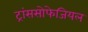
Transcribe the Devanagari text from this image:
ट्रांससोफेजियल